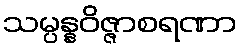
သမ္ပန္နဝိဇ္ဇာစရဏာ